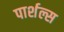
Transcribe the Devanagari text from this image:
पार्शल्स